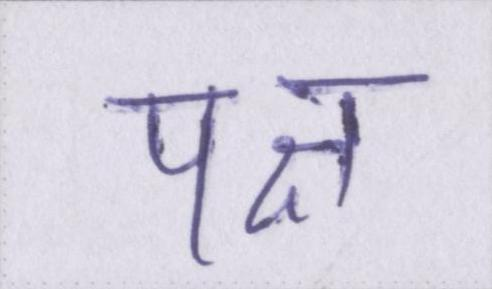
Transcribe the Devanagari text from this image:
पक्ष